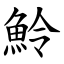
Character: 魿